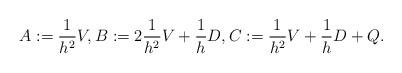
LaTeX: \begin{align*} A := \frac{1}{h^2}V, B:= 2\frac{1}{h^2}V + \frac{1}{h}D, C:= \frac{1}{h^2}V+\frac{1}{h}D+Q.\end{align*}